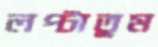
লপ্‌টাতুম